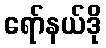
ရော်နယ်ဒို